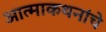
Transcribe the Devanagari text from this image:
आत्माकथनांचे